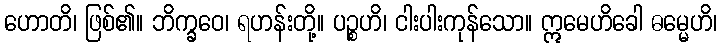
ဟောတိ၊ ဖြစ်၏။ ဘိက္ခဝေ၊ ရဟန်းတို့။ ပဉ္စဟိ၊ ငါးပါးကုန်သော။ ဣမေဟိခေါ ဓမ္မေဟိ၊